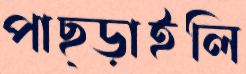
পাছ্‌ড়াইলি